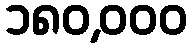
၁၈၀,၀၀၀